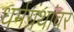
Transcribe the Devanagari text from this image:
धर्मग्रंथांवर